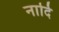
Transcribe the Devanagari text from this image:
नादि